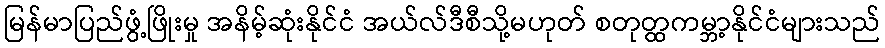
မြန်မာပြည်ဖွံ့ဖြိုးမှု အနိမ့်ဆုံးနိုင်ငံ အယ်လ်ဒီစီသို့မဟုတ် စတုတ္ထကမ္ဘာ့နိုင်ငံများသည်